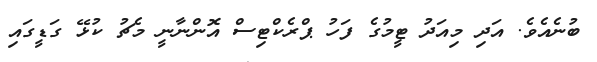
ބުނެއެވެ. އަދި މިއަދު ޓީމުގެ ފަހު ޕްރެކްޓިސް އޮންނާނީ މެޗު ކުޅޭ ގަޑީގައި